Code of medical and sanitary regulations for the guidance of medical officers serving in the Madras Presidency - Volume II
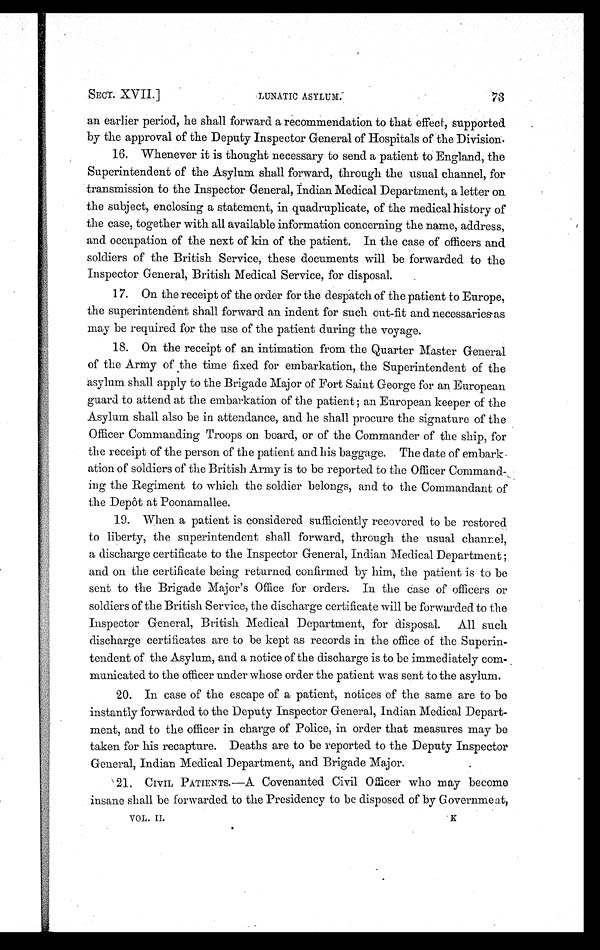
SECT. XVII.]
LUNATIC ASYLUM.
73
an earlier period, he shall forward a recommendation to that effect, supported
by the approval of the Deputy Inspector General of Hospitals of the Division.
16. Whenever it is thought necessary to send a patient to England, the
Superintendent of the Asylum shall forward, through the usual channel, for
transmission to the Inspector General, Indian Medical Department, a letter on.
the subject, enclosing a statement, in quadruplicate, of the medical history of
the case, together with all available information concerning the name, address,
and occupation of the next of kin of the patient. In the case of officers and
soldiers of the British Service, these documents will be forwarded to the
Inspector General, British Medical Service, for disposal.
17. On the receipt of the order for the despatch of the patient to Europe,
the superintendent shall forward an indent for such out-fit and necessaries-as
may be required for the use of the patient during the voyage.
18. On the receipt of an intimation from the Quarter Master General
of the Army of the time fixed for embarkation, the Superintendent of the
asylum shall apply to the Brigade Major of Fort Saint George for an European
guard to attend at the embarkation of the patient; an European keeper of the
Asylum shall also be in attendance, and he shall procure the signature of the
Officer Commanding Troops on board, or of the Commander of the ship, for
the receipt of the person of the patient and his baggage. The date of embark
ation of soldiers of the British Army is to be reported to the Officer Command-
ing the Regiment to which the soldier belongs, and to the Commandant of
the Depôt at Poonamallee.
19. When a patient is considered sufficiently recovered to be restored
to liberty, the superintendent shall forward, through the usual channel,
a discharge certificate to the Inspector General, Indian Medical Department ;
and on the certificate being returned confirmed by him, the patient is to be
sent to the Brigade Major's Office for orders. In the case of officers or
soldiers of the British Service, the discharge certificate will be forwarded to the
Inspector General, British Medical Department, for disposal. All such
discharge certificates are to be kept as records in the office of the Superin
-tendent of the Asylum, and a notice of the discharge is to be immediately co
m-municated to the officer under whose order the patient was sent to the asylum.
20. In case of the escape of a patient, notices of the same are to be
instantly forwarded to the Deputy Inspector General, Indian Medical Depart
-ment, and to the officer in charge of Police, in order that measures may be
taken for his recapture. Deaths are to be reported to the Deputy Inspector
General, Indian Medical Department, and Brigade Major.
21. CIvIL, PATIENTS.—A Covenanted Civil Officer who may become
insane shall be forwarded to the Presidency to be disposed of by Government,
VOL. II.
K